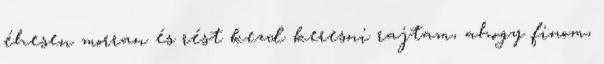
éhesen morran és rést kezd keresni rajtam, ahogy finom,